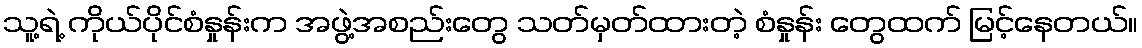
သူ့ရဲ့ ကိုယ်ပိုင်စံနှုန်းက အဖွဲ့အစည်းတွေ သတ်မှတ်ထားတဲ့ စံနှုန်း တွေထက် မြင့်နေတယ်။